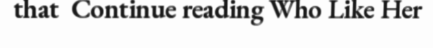
that  Continue reading Who Like Her